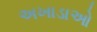
અખાડાઓ